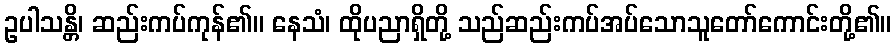
ဥပါသန္တိ၊ ဆည်းကပ်ကုန်၏။ နေသံ၊ ထိုပညာရှိတို့ သည်ဆည်းကပ်အပ်သောသူတော်ကောင်းတို့၏။